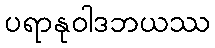
ပရာနုဝါဒဘယဿ